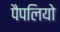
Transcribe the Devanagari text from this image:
पैपलियो